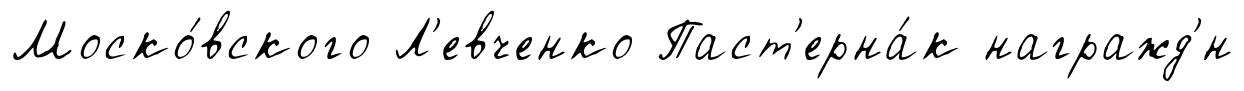
Моско́вского Л'евченко Паст'ерна́к награжд'́н